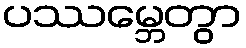
ပဿမ္ဘေတွာ